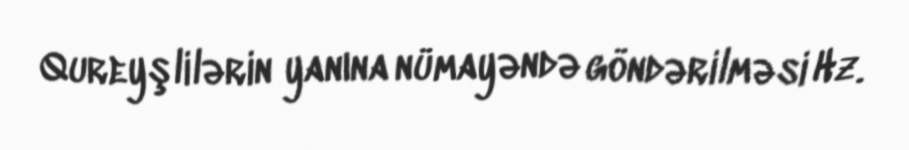
Qureyşlilərin yanına nümayəndə göndərilməsi Hz.